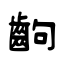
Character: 齣